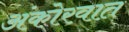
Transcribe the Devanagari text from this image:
अंकोरवात